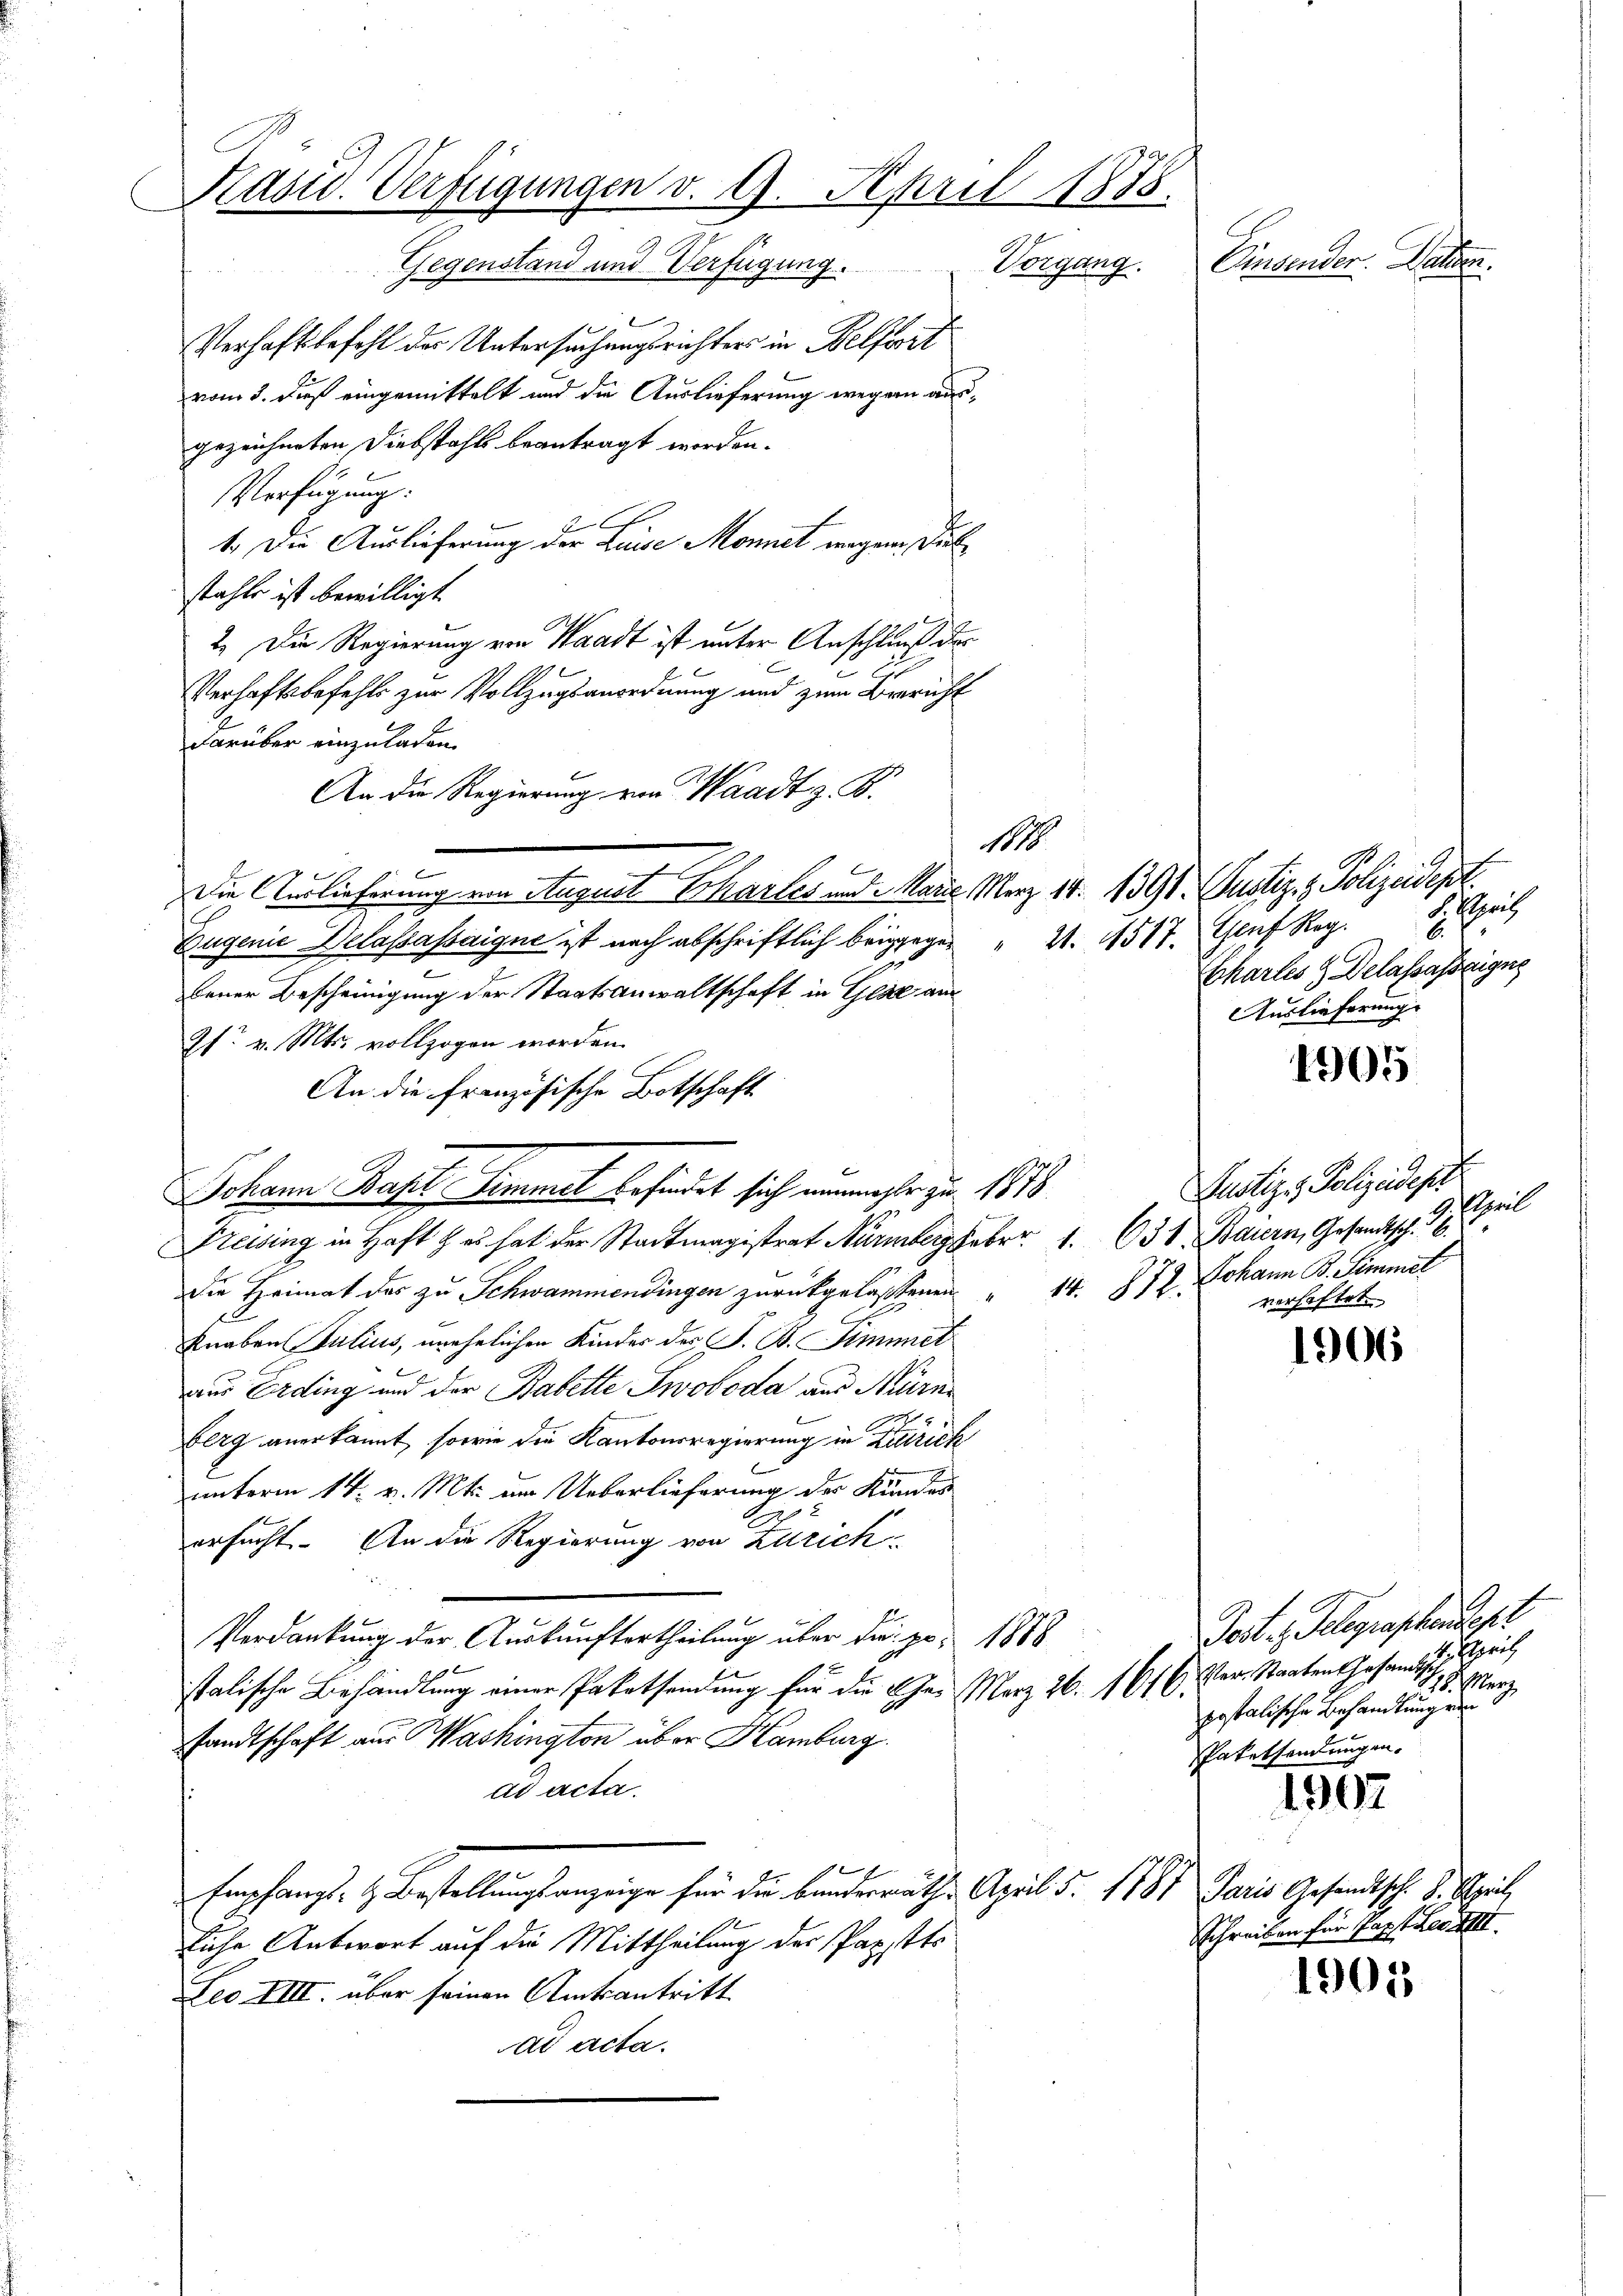
Kasid. Verfügungen v. 9. April 1875.
Gegenstand und Verfügung. Vorgang.
Verhaftsbefehl der Untersuchungsrichters in Belfort
vom 3. dieß eingemittelt und die Auslieferung wegen ausgezeichneten Diebstahls beantragt worden.

Verfügung:
1. Die Auslieferung der Luise Momet wegen Dulstahle ist bewilligt.
2. Die Regierung von Waadt ist unter Anschluß der
Verhaftsbefehls zur Vollzugsanordnung und zum Bericht
darüber einzuladen.
An die Regierung von Waadt z. B.
Die Auslieferung von August Chartes und Maue Merz 18. 1398. Justiz- & Polizeidept.
Eugenie Delassessaigne ist nach abschriftlich beigegen " 21. 517. Genf Reg. 8. April
bener Bescheinigung der Staatsanwaltschaft in Gese am
9fr. v. Mts. vollzogen worden.
An die französische Botschaft
Preising in Haft & es hat der Stadtmagistrat Nürnbergeber 1. 631 Baiern, Gesandtsch.
die Heimat das zu Schwammendingen zurückgelassenen
14. 872.
Knaben Julius, unehelichen Kinder der S. B. Simmet
aus Erding und der Babette Zwoboda aus Nüren
berg anerkannt, sowie die Kantonsregierung in Zürich
unterm 14. v. Mts. um Ueberlieferung der Kundes
ersucht. An die Regierung von Zürich-
Verdankung der Auskunftertheilung über die pr. 1888
stalische Behandlung einer Patatsendung für die Ehe. März 26. 1616 der Staaten Gesandtsch, u. erz
sandtschaft aus Washington über Hamburg.
ad acta.
Empchanzt. H. Bestellungsanzeige für die bunderräthen April d. 1787 Paris Gesandtsch. 1. April,
liche Antwort auf die Mittheilung der Papstts
Leo IIII. über seinen Amtsantritt
ad acta.

C

Johann Basel Simmel befindet sich nunmehr zu 1878

11

Einsenden. Datum.

Chartes H Delassesseigne
Auslieferung

Rustiz - Polizeidigt
stheil
Johann B. Simmel
verhaftet.

Post, Gelegraphendesr
Esprich
postalische Behandlung von
Paketsendungen.

1905

1906

1907

Schreiben für Papst Lei

1905